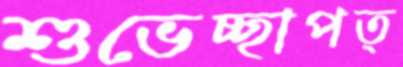
শুভেচ্ছাপত্